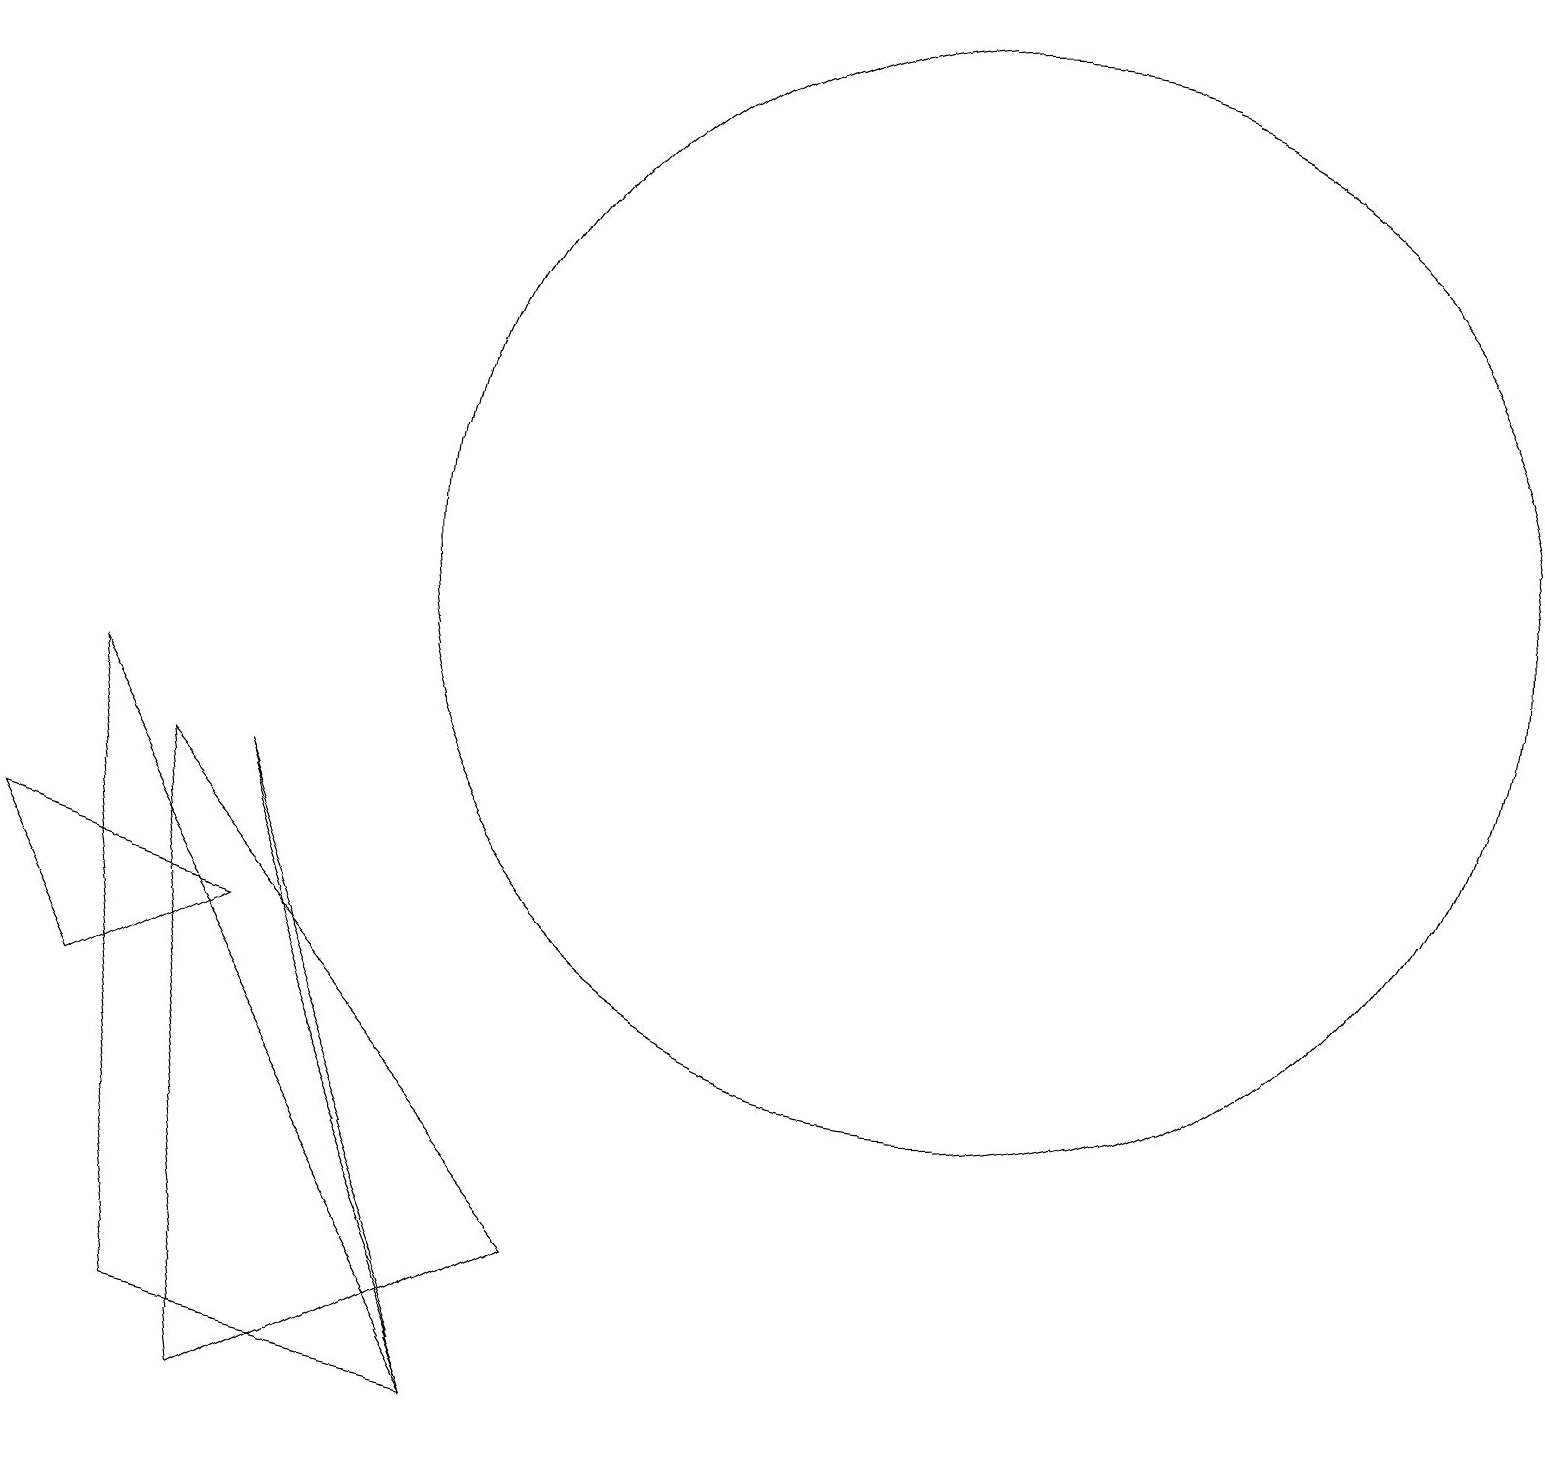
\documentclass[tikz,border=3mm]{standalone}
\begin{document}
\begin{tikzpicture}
\draw (3,0) -- (2,8) -- (7,2) -- cycle;
\draw (6,0) -- (1,9) -- (2,1) -- cycle;
\draw (6,0) -- (4,5) -- (3,8) -- cycle;
\draw (12,11) circle (7);
\draw (3,6) -- (0,7) -- (1,5) -- cycle;
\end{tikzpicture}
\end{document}